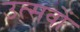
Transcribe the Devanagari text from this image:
उत्सवों